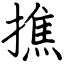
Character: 撨